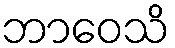
ဘာဝေသိ